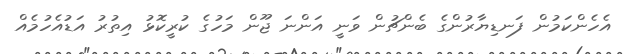
އެހެންކަމުން ފަނޑިޔާރުންގެ ބެންޗުން ވަނީ އަންނަ ޖޫން މަހުގެ ކުރީކޮޅު އިތުރު އަޑުއެހުމެއް